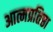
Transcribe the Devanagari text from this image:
आत्मप्रतिष्ठा